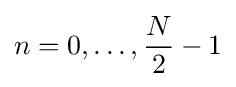
n=0,\dots ,{\frac {N}{2}}-1